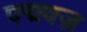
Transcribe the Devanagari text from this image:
पद्मवज्र